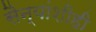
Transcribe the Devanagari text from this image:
सैन्यांशीही